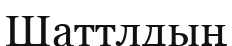
Шаттлдың